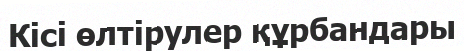
Кісі өлтірулер құрбандары